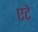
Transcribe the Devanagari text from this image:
एटे